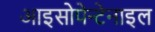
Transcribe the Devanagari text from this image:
आइसोपेन्टेनाइल